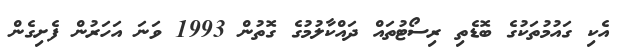
އެކި ގައުމުތަކުގެ ބޮޑެތި ރިސޯޓުތައް ދައްކާލުމުގެ ގޮތުން 1993 ވަނަ އަހަރުން ފެށިގެން